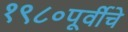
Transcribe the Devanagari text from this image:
१९८०पूर्वीचे